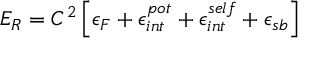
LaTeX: { \cal E } _ { R } = C ^ { 2 } \left[ \epsilon _ { F } + \epsilon _ { i n t } ^ { p o t } + \epsilon _ { i n t } ^ { s e l f } + { \epsilon _ { s b } } \right]